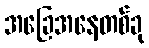
အခြေအနေတစ်ခု